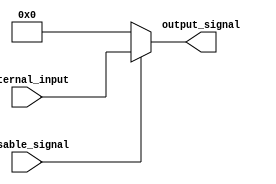
module DisableBlock (
    input wire disable_signal,  // Control signal to enable/disable the block
    input wire [N-1:0] internal_input, // Internal inputs for the block (adjust N as needed)
    output reg [N-1:0] output_signal // Output signal of the block (adjust N as needed)
);
    parameter N = 8; // Define the width of the input and output signals (can be adjusted)

    always @(*) begin
        if (disable_signal == 1'b0) begin
            // When disable_signal is low, hold the output to a predefined state (e.g., zero)
            output_signal = {N{1'b0}}; // Can be changed to any defined value
        end else begin
            // When disable_signal is high, perform normal operations
            // Here, you can define the internal logic based on internal_input
            // For demonstration, we are simply passing the internal_input to output_signal
            output_signal = internal_input; // Replace this with actual logic as needed
        end
    end
endmodule